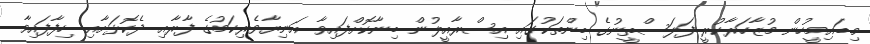
މިބައިމީހުން މުޒާހަރާކުރީ ފަލަސްތީނުގެ ބިންތަކުގައި އިސްރާއީލުން ބިނާކޮށްފައިވާ އަނިޔާވެރިކަމުގެ ފާރާއި ދެކޮޅަށާއި ހިފާފައިވާ